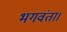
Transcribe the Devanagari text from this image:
भगवंता।